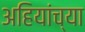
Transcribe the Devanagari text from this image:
अहियांच्या